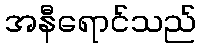
အနီရောင်သည်